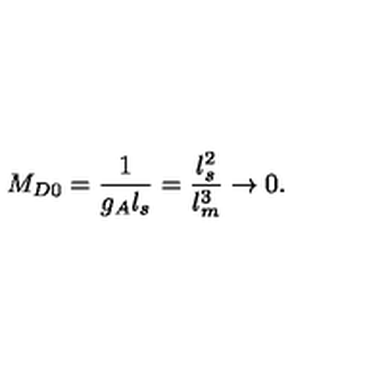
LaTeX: M _ { D 0 } = { \frac { 1 } { g _ { A } l _ { s } } } = { \frac { l _ { s } ^ { 2 } } { l _ { m } ^ { 3 } } } \rightarrow 0 .